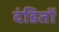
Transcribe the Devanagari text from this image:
दंडितों